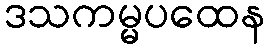
ဒသကမ္မပထေန